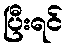
ပြီးရင်